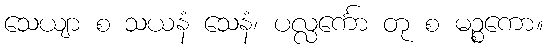
သေယျာ စ သယနံ သေနံ၊ ပလ္လင်္ကော တု စ မဉ္စကော။